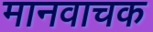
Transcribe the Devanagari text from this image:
मानवाचक